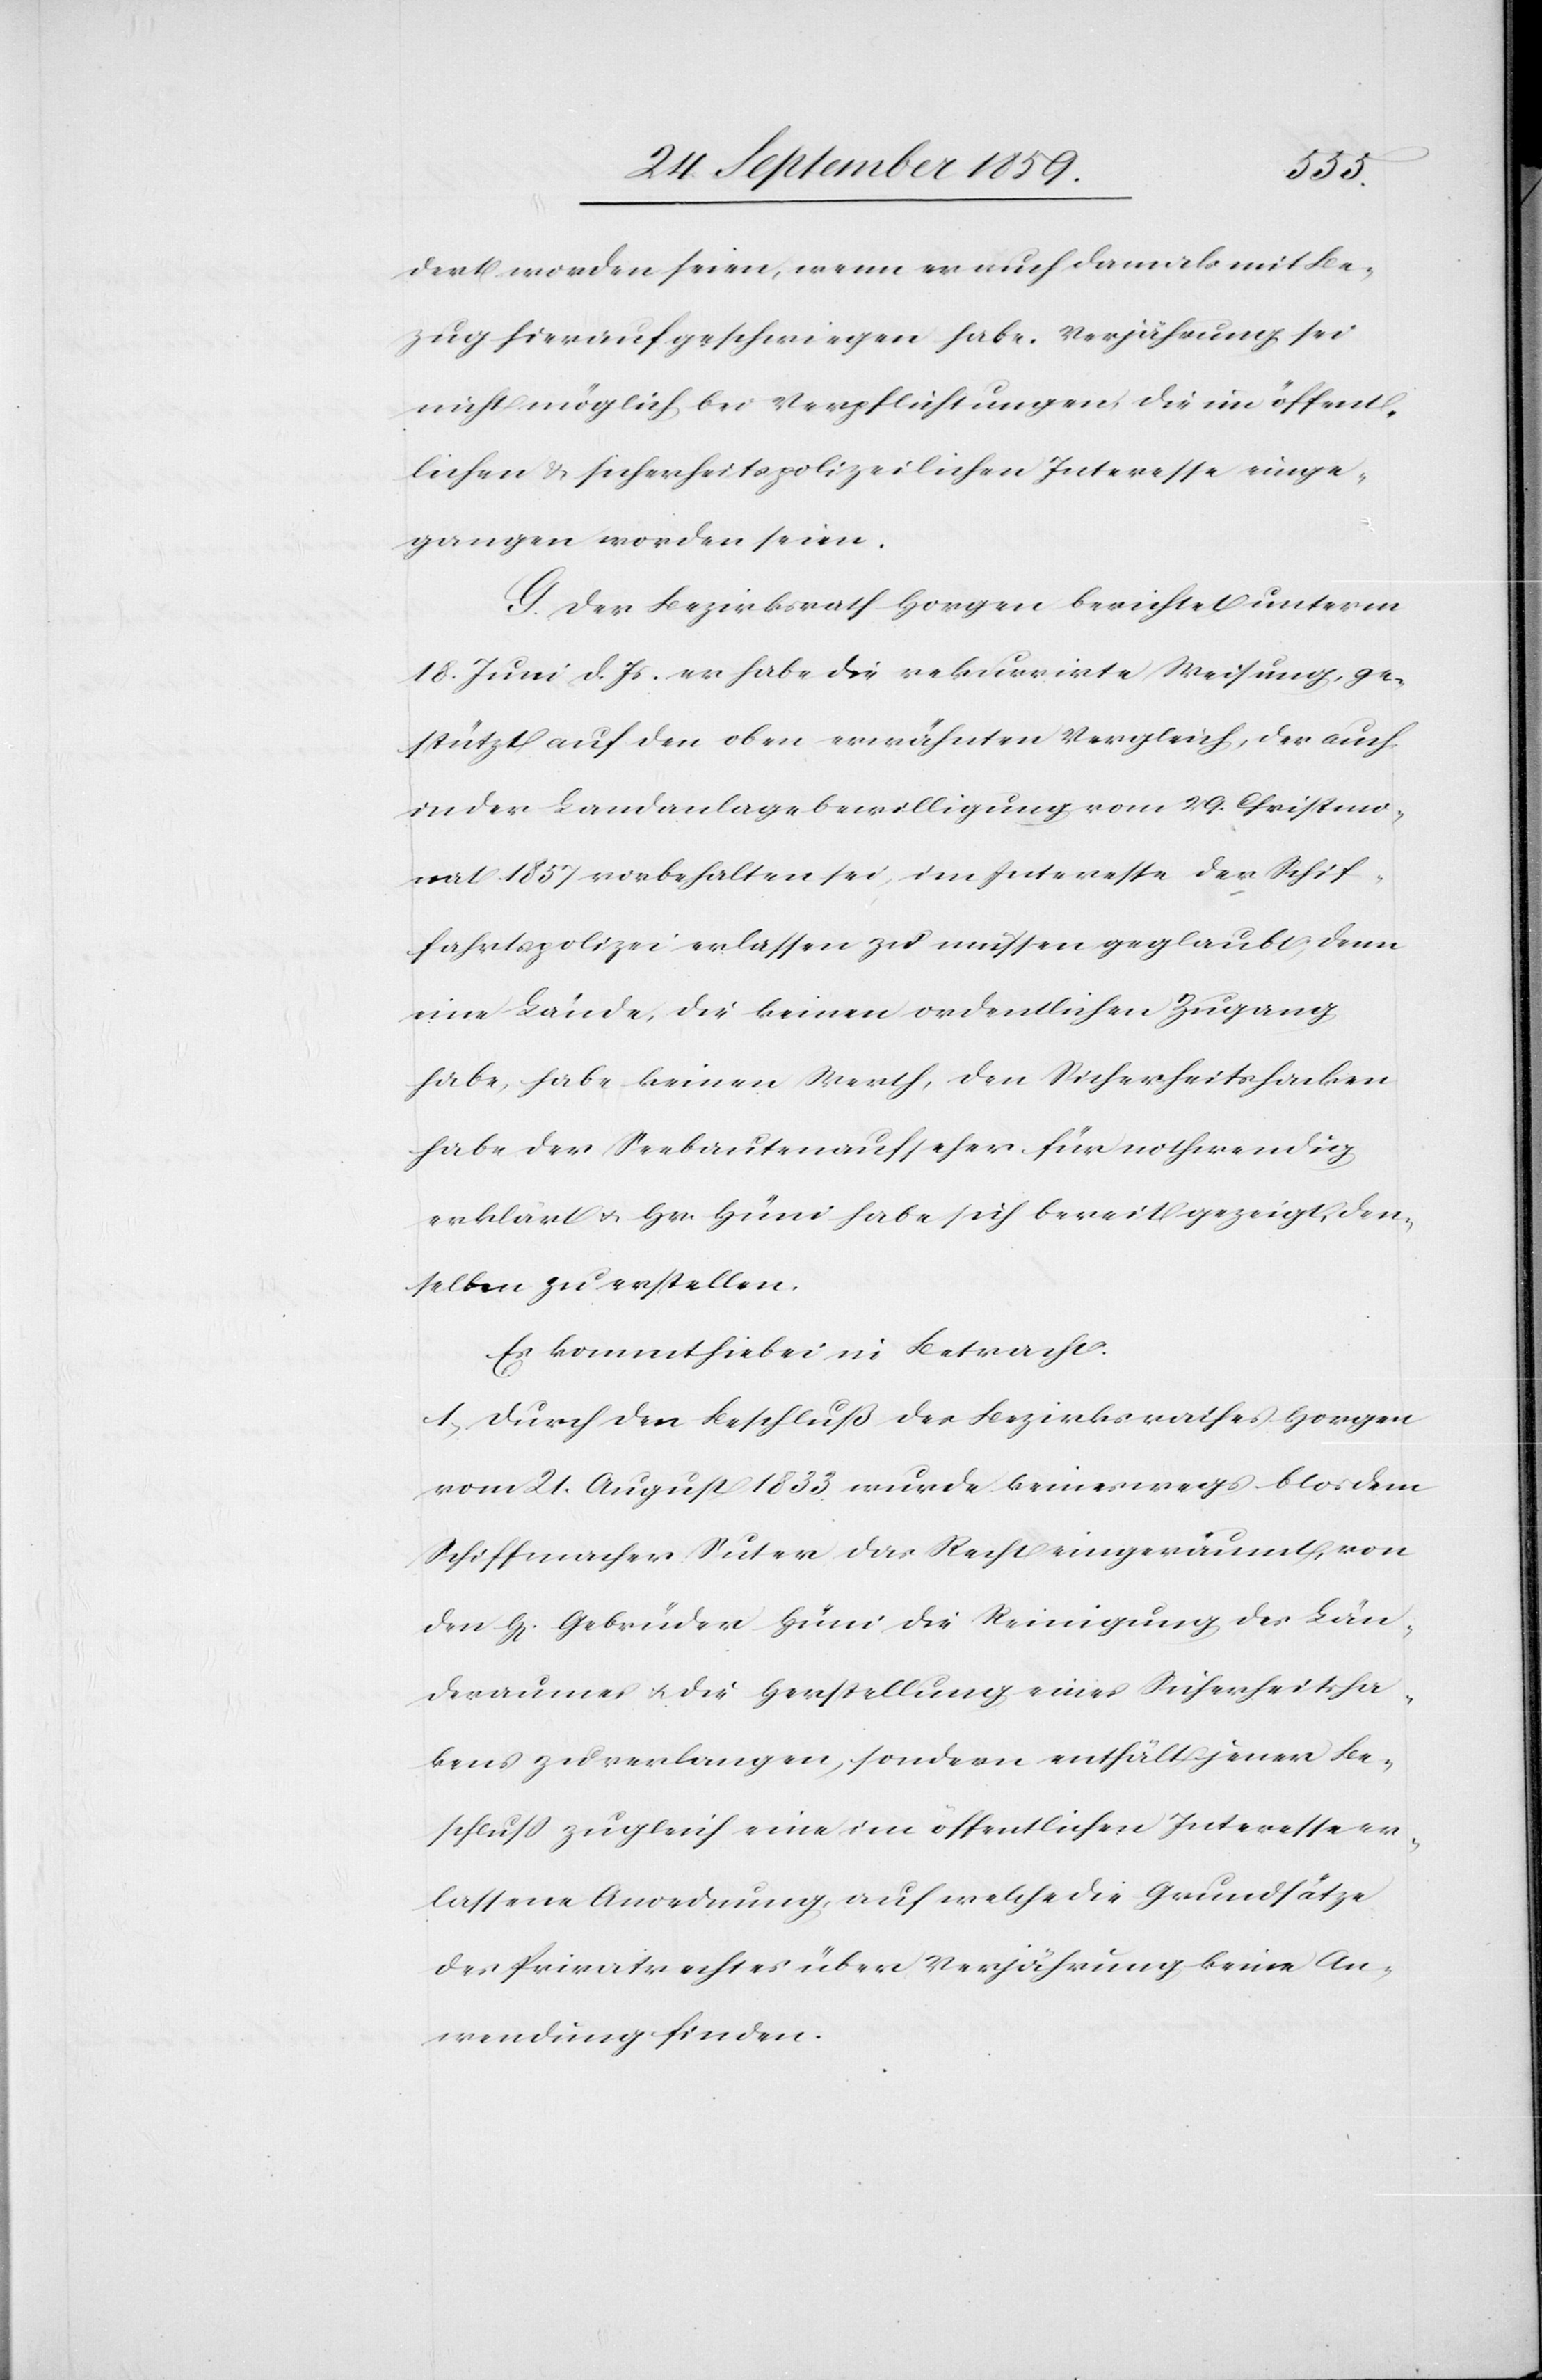
dert worden seien, wenn er auch damals mit Be¬
zug hierauf geschwiegen habe. Verjährung sei
nicht möglich bei Verpflichtungen, die im öffent¬
lichen & sicherheitspolizeilichen Interesse einge¬
gangen worden seien.
G. Der Bezirksrath Horgen berichtet unterm
18. Juni d. Js. er habe die rekurrirte Weisung, ge¬
stützt auf den oben erwähnten Vergleich, der auch
in der Landanlagebewilligung vom 29. Christmo¬
nat 1857 vorbehalten sei, im Interesse der Schif¬
fahrtspolizei erlassen zu müssen geglaubt; denn
eine Lände, die keinen ordentlichen Zugang
habe, habe keinen Werth, den Sicherheitshacken
habe der Seebautenaufseher für nothwendig
erklärt & Hr. Hüni habe sich bereit gezeigt, den¬
selben zu erstellen.
Es kommt hiebei in Betracht:
1. Durch den Beschluß des Bezirksrathes Horgen
vom 21. August 1833. wurde keineswegs blos dem
Schiffmacher Suter das Recht eingeräumt, von
den H[erren] Gebrüder Hüni die Reinigung des Län¬
deraumes & die Herstellung eines Sicherheitsha¬
kens zu verlangen, sondern enthält jener Be¬
schluß zugleich eine im öffentlichen Interesse er¬
lassene Anordnung auf welche die Grundsätze
des Privatrechtes über Verjährung keine An¬
wendung finden.